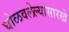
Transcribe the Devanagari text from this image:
घोळवलेल्यासारखे